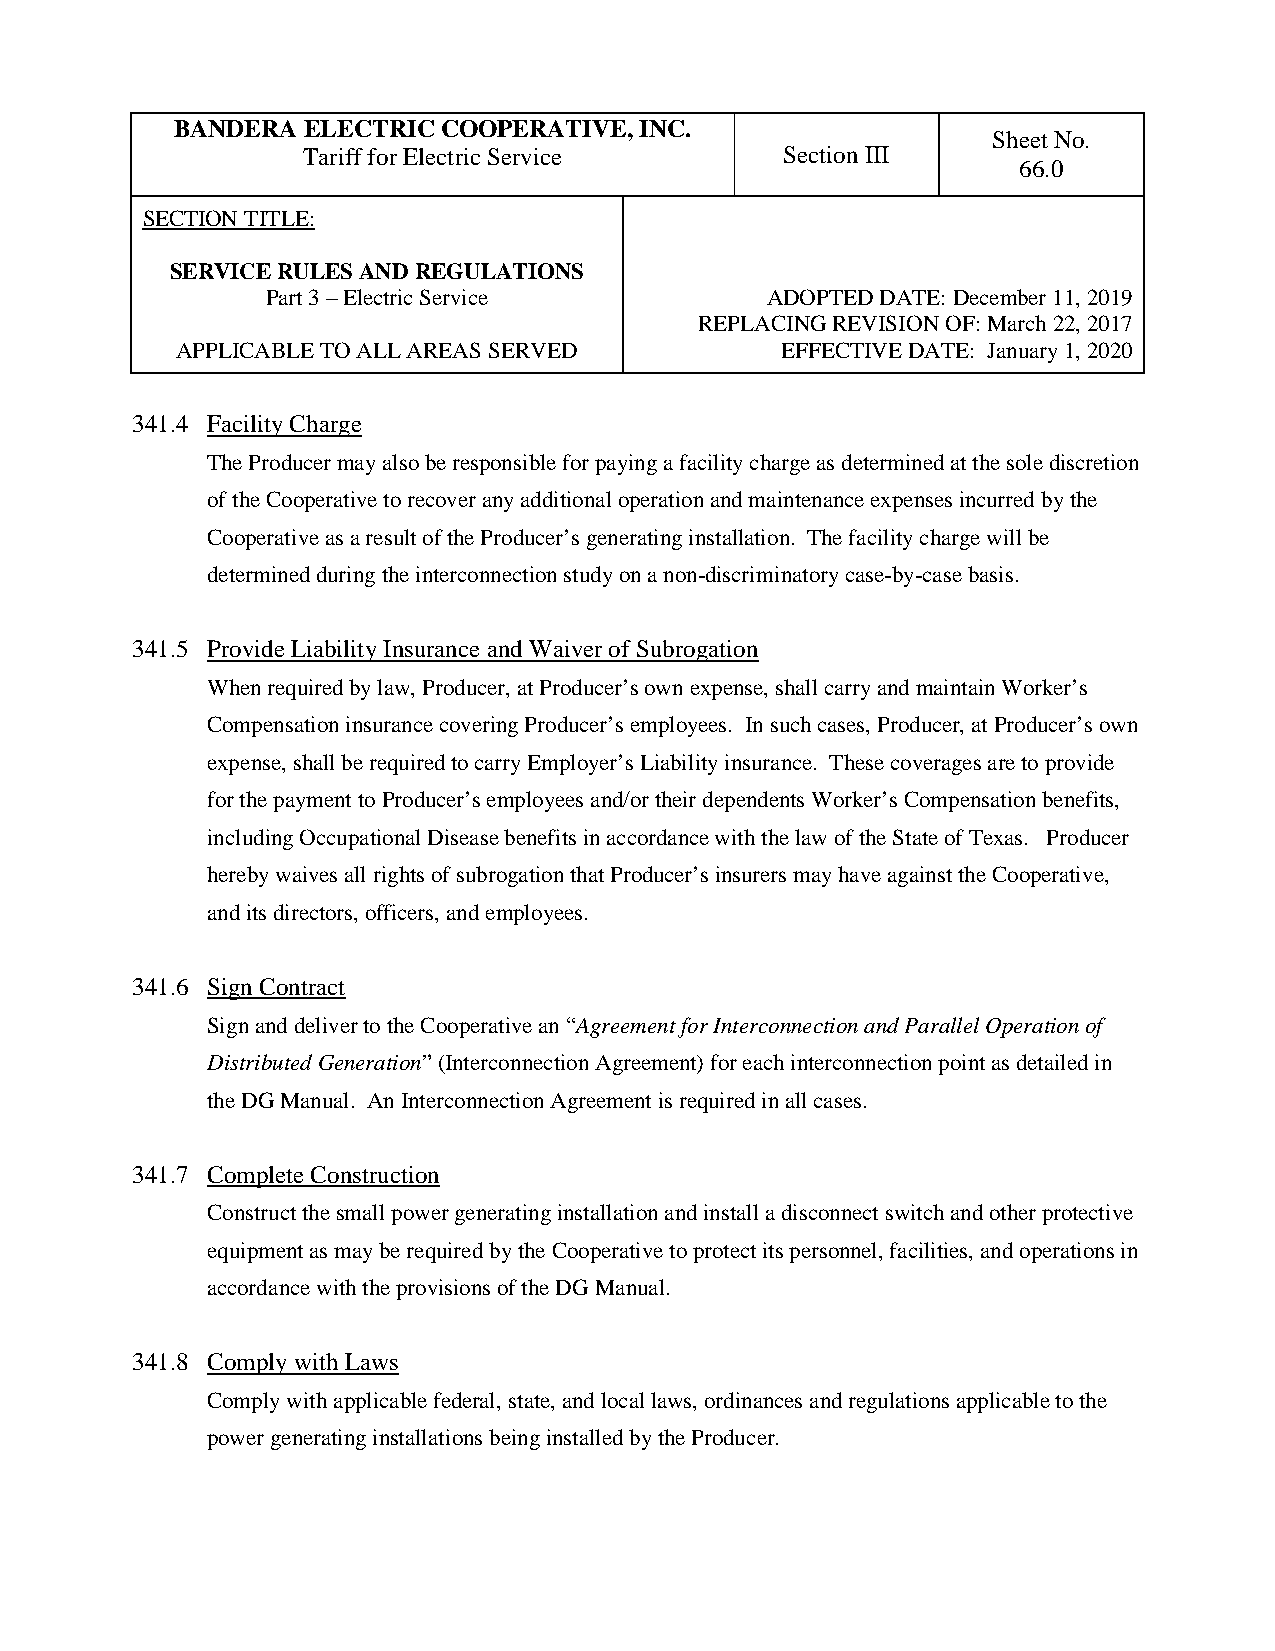
BANDERA ELECTRIC COOPERATIVE, INC.
 Sheet No.
 Tariff for Electric Service     Section III
 66.0
 SECTION TITLE:
 SERVICE RULES AND REGULATIONS
 Part 3 – Electric Service        ADOPTED DATE: December 11, 2019
 REPLACING REVISION OF: March 22, 2017
 APPLICABLE TO ALL AREAS SERVED          EFFECTIVE DATE: January 1, 2020
 341.4 Facility Charge
 The Producer may also be responsible for paying a facility charge as determined at the sole discretion
 of the Cooperative to recover any additional operation and maintenance expenses incurred by the
 Cooperative as a result of the Producer’s generating installation. The facility charge will be
 determined during the interconnection study on a non-discriminatory case-by-case basis.
 341.5 Provide Liability Insurance and Waiver of Subrogation
 When required by law, Producer, at Producer’s own expense, shall carry and maintain Worker’s
 Compensation insurance covering Producer’s employees. In such cases, Producer, at Producer’s own
 expense, shall be required to carry Employer’s Liability insurance. These coverages are to provide
 for the payment to Producer’s employees and/or their dependents Worker’s Compensation benefits,
 including Occupational Disease benefits in accordance with the law of the State of Texas. Producer
 hereby waives all rights of subrogation that Producer’s insurers may have against the Cooperative,
 and its directors, officers, and employees.
 341.6 Sign Contract
 Sign and deliver to the Cooperative an “Agreement for Interconnection and Parallel Operation of
 Distributed Generation” (Interconnection Agreement) for each interconnection point as detailed in
 the DG Manual. An Interconnection Agreement is required in all cases.
 341.7 Complete Construction
 Construct the small power generating installation and install a disconnect switch and other protective
 equipment as may be required by the Cooperative to protect its personnel, facilities, and operations in
 accordance with the provisions of the DG Manual.
 341.8 Comply with Laws
 Comply with applicable federal, state, and local laws, ordinances and regulations applicable to the
 power generating installations being installed by the Producer.